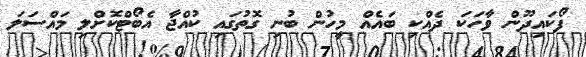
ފޯކައިދޫން ވާހަކަ ދެއްކި ބައެއް މީހުން ބުނި ގޮތުގައި ކުއްޖާ އެބޯޓްކޮށްލި މައްސަލަ